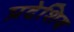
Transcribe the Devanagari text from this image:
प्रदेशिय